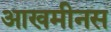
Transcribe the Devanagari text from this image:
आखमीनस